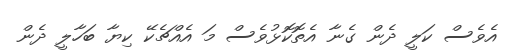
އެވެސް ކަލީ ދެން ގެނާ އެތޮކޮޅުވެސް މަ އެއްޗެކޭ ކިޔާ ބަހާލީ ދެން